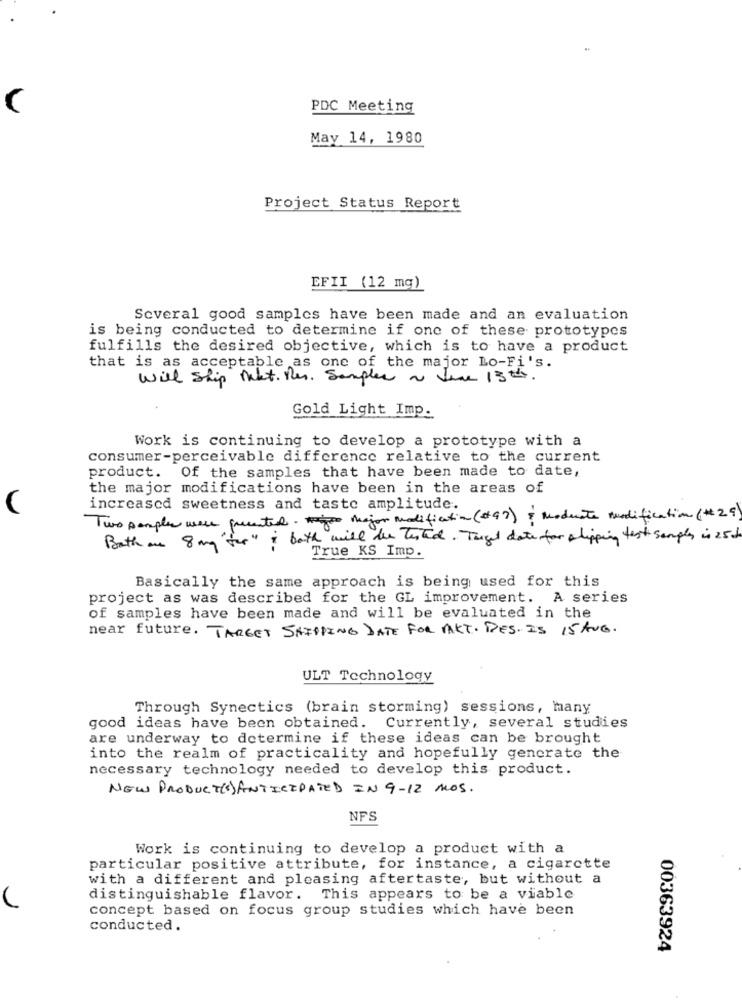
PDC Meeting
May 14, 1980
Project Status Report
EFII (12 mg)
Several good samples have been made and an evaluation
is being conducted to determine if one of these prototypes
fulfills the desired objective, which is to have a product
that is as acceptable as one of the major Lo-Fi's.
will ship nekt. Res. Samples a Jine 13th.
Gold Light Imp.
Work is continuing to develop a prototype with a
consumer-perceivable difference relative to the current
product. Of the samples that have been made to date,
the major modifications have been in the areas of
increased sweetness and taste amplitude.
Two samples were presented . major modification (#97) ? Moduate modification (#29)
Bath one 8mg "for" i both will be tested. Target date for slipping test samples is 25de
True KS Imp.
Basically the same approach is being used for this
project as was described for the GL improvement. A series
of samples have been made and will be evaluated in the
near future. TARGET SHIPPING DATE FOR MAKT. DES. IS 15 AUG.
ULT Technology
Through Synectics (brain storming) sessions, many
good ideas have been obtained. Currently, several studies
are underway to determine if these ideas can be brought
into the realm of practicality and hopefully generate the
necessary technology needed to develop this product.
NEW PRODUCT(S) ANTICIPATED IN 9-12 MOS.
NFS
Work is continuing to develop a product with a
particular positive attribute, for instance, a cigarette
with a different and pleasing aftertaste, but without a
distinguishable flavor. This appears to be a viable
concept based on focus group studies which have been
conducted.
00363924